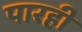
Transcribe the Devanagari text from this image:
पारही